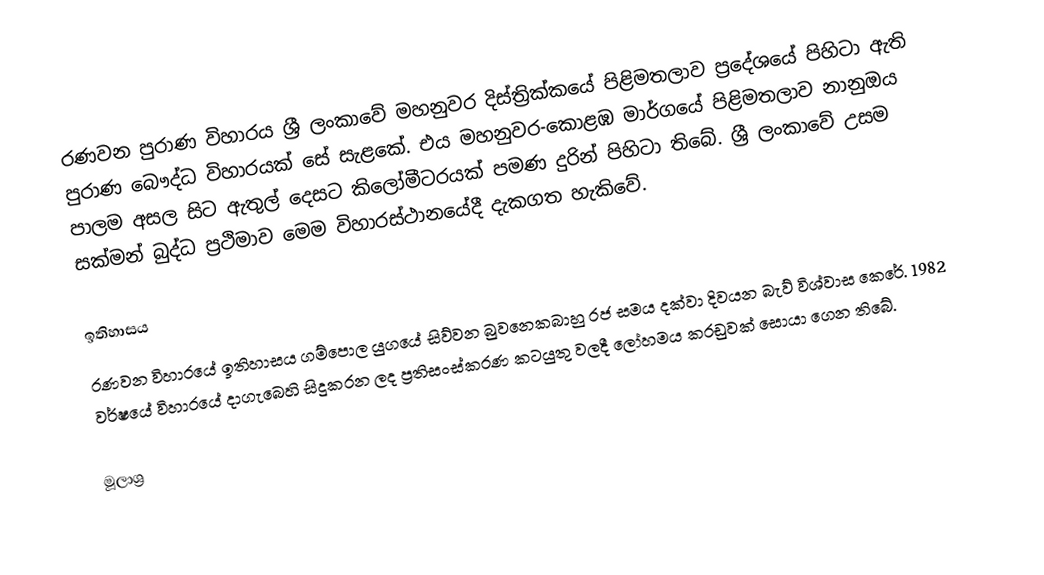
රණවන පුරාණ විහාරය ශ්‍රී ලංකාවේ මහනුවර දිස්ත්‍රික්කයේ පිළිමතලාව ප්‍රදේශයේ පිහිටා ඇති පුරාණ බෞද්ධ විහාරයක් සේ සැළකේ. එය මහනුවර-කොළඹ මාර්ගයේ පිළිමතලාව නානුඔය පාලම අසල සිට ඇතුල් දෙසට කිලෝමීටරයක් පමණ දුරින් පිහිටා තිබේ. ශ්‍රී ලංකාවේ උසම සක්මන් බුද්ධ ප්‍රථිමාව මෙම විහාරස්ථානයේදී දැකගත හැකිවේ.

ඉතිහාසය
රණවන විහාරයේ ඉතිහාසය ගම්පොල යුගයේ සිව්වන බුවනෙකබාහු රජ සමය දක්වා දිවයන බැව් විශ්වාස කෙරේ. 1982 වර්ෂයේ විහාරයේ දාගැබෙහි සිදුකරන ලද ප්‍රතිසංස්කරණ කටයුතු වලදී ලෝහමය කරඩුවක් සොයා ගෙන තිබේ.

මූලාශ්‍ර